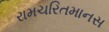
રામચરિતમાનસ